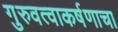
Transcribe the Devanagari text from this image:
गुरुवत्वाकर्षणाचा